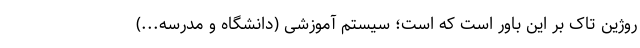
روژین تاک بر این باور است که است؛ سیستم آموزشی (دانشگاه و مدرسه...)